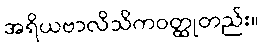
အရိယဗာလိသိကဝတ္ထုတည်း။